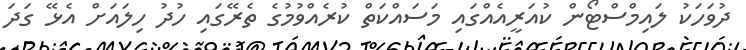
ދުވަހަކު ލައިމްސްޓޯން ކުއަރީއެއްގައި މަސައްކަތް ކުރެއްވުމުގެ ތެރޭގައި ހުދު ހިލައަށް އެޅޭ ގަދަ